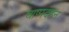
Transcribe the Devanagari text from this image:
वाष्पदहन